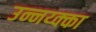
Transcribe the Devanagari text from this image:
उन्नय्क्का